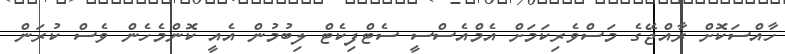
ހާއްސަކޮށް ރާއްޖޭގެ މަސްވެރިކަމަށް އެމްއެސްސީ ސެޓްފިކެޓް ލިބުމުން އެއީ ކޮންމެހެން ވެސް ކުރަން